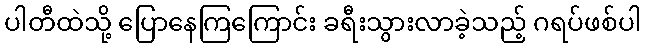
ပါတီထဲသို့ ပြောနေကြကြောင်း ခရီးသွားလာခဲ့သည့် ဂရပ်ဖစ်ပါ